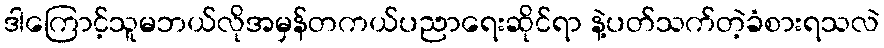
ဒါကြောင့်သူမဘယ်လိုအမှန်တကယ်ပညာရေးဆိုင်ရာ နဲ့ပတ်သက်တဲ့ခံစားရသလဲ